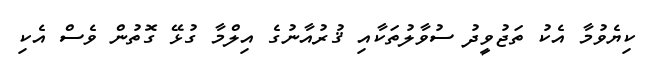
ކިޔެވުމާ އެކު ތަޖުވީދު ސުވާލުތަކާއި ޤުރުއާނުގެ އިލްމާ ގުޅޭ ގޮތުން ވެސް އެކި